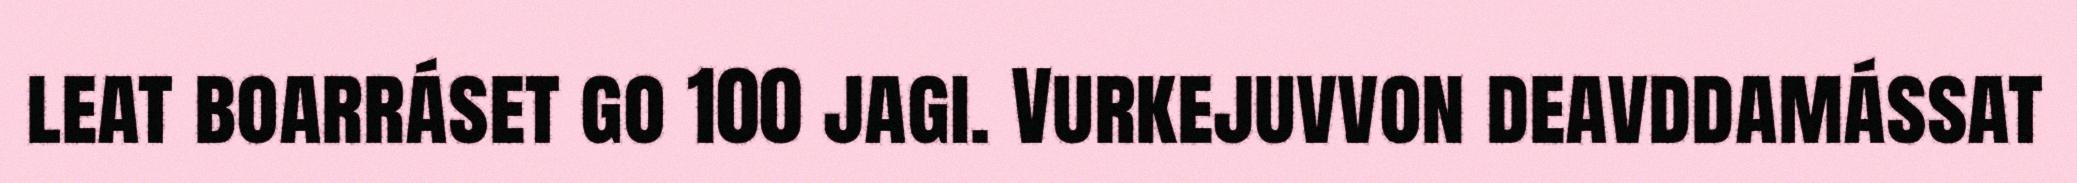
leat boarráset go 100 jagi. Vurkejuvvon deavddamássat